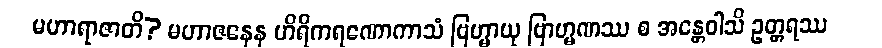
မဟာရာဇာတိ? မဟာဇနေန ဟိရိကရဏောကာသံ ဗြဟ္မာယု ဗြာဟ္မဏဿ စ အန္တေဝါသိ ဥတ္တရဿ